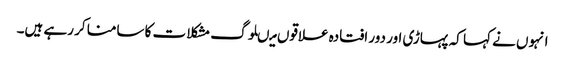
انہوں نے کہا کہ پہاڑی اور دور افتادہ علاقوں میںلوگ مشکلا ت کا سامنا کر رہے ہیں۔